Annual administration report of the Civil Veterinary Department of India - 1895-1896
Year: 1895
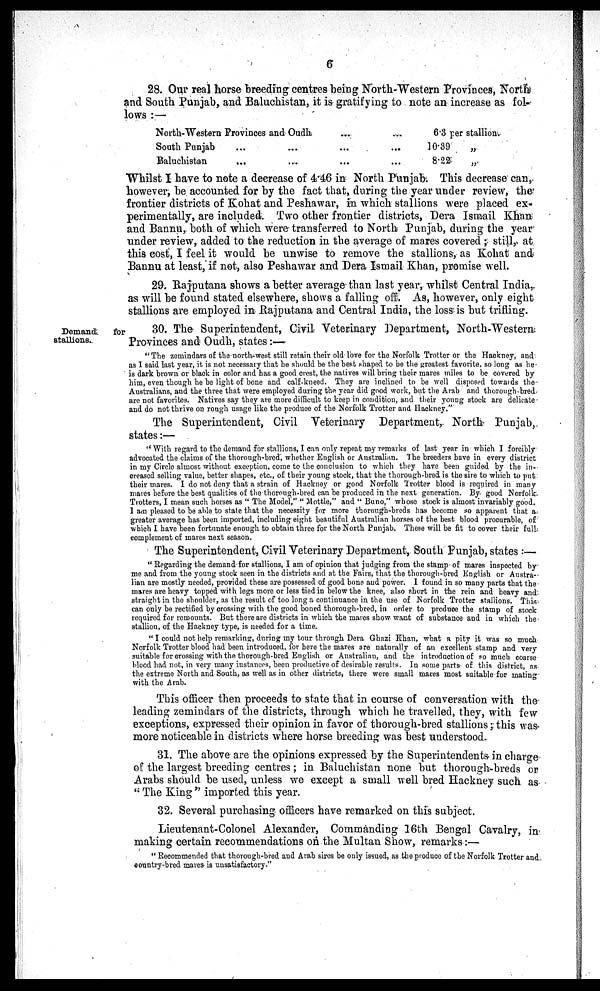
6
28. Our real horse breeding centres being North-Western Provinces, North
and South Punjab, and Baluchistan, it is gratifying to note an increase as fol-
lows:—
North-Western Provinces and Oudh ... ...
South Punjab ... ... ... ...
Baluchistan ... ... ... ...
6.3 per stallion.
10.39
„
8.22
„
Whilst I have to note a decrease of 4 46 in North Punjab. This decrease can,
however, be accounted for by the fact that, during the year under review, the
frontier districts of Kohat and Peshawar, in which stallions were placed ex-
perimentally, are included. Two other frontier districts, Dera Ismail Khan
and Bannu, both of which were transferred to North Punjab, during the year
under review, added to the reduction in the average of mares covered; still, at
this cost, I feel it would be unwise to remove the stallions, as Kohat and
Bannu at least, if not, also Peshawar and Dera Ismail Khan, promise well.
29. Rajputana shows a better average than last year, whilst Central India,
as will be found stated elsewhere, shows a falling off. As, however, only eight
stallions are employed in Rajputana and Central India, the loss is but trifling.
Demand
for
stallions.
30. The Superintendent, Civil Veterinary Department, North-Western
Provinces and Oudh, states:—
"The zemindars of the north west still retain their old love for the Norfolk Trotter or the Hackney, and
as I said last year, it is not necessary that be should be the best shaped to be the greatest favorite, so long as he
is dark brown or black in color and has a good crest, the natives will bring their mares miles to be covered by
him, even though he be light of bone and calf-kneed. They are inclined to be well disposed towards the
Australians, and the three that were employed during the year did good work, but the Arab and thorough bred
are not favorites. Natives say they are more difficult to keep in condition, and their young stock are delicate
and do not thrive on rough usage like the produce of the Norfolk Trotter and Hackney."
The Superintendent, Civil Veterinary Department, North Punjab,
states:—
"With regard to the demand for stallions, I can only repeat my remarks of last year in which I forcibly
advocated the claims of the thorough-bred, whether English or Australian. The breeders have in every district
in my Circle almost without exception, come to the conclusion to which they have been guided by the in-
creased selling value, better shapes, etc., of their young stock, that the thorough-bred is the sire to which to put
their mares. I do not deny that a strain of Hackney or good Norfolk Trotter blood is required in many
mares before the best qualities of the thorough-bred can be produced in the next generation. By good Norfolk.
Trotters, I mean such horses as "The Model," "Mottle," and "Buno," whose stock is almost invariably good.
I am pleased to be able to state that the necessity for more thorough-breds has become so apparent that a
greater average has been imported, including eight beautiful Australian horses of the best blood procurable, of
which I have been fortunate enough to obtain three for the North Punjab. These will be fit to cover their full
complement of mares next season.
The Superintendent, Civil Veterinary Department, South Punjab, states:—
"Regarding the demand for stallions, I am of opinion that judging from the stamp of mares inspected by
me and from the young stock seen in the districts and at the Fairs, that the thorough-bred English or Austra-
lian are mostly needed, provided these are possessed of good bone and power. I found in so many parts that the
mares are heavy topped with legs more or less tied in below the knee, also short in the rein and heavy and
straight in the shoulder, as the result of too long a continuance in the use of Norfolk Trotter stallions. This
can only be rectified by crossing with the good boned thorough-bred, in order to produce the stamp of stock
required for remounts. But there are districts in which the mares show want of substance and in which the
stallion, of the Hackney type, is needed for a time.
"I could not help remarking, during my tour through Dera Ghazi Khan, what a pity it was so much
Norfolk Trotter blood had been introduced, for here the mares are naturally of an excellent stamp and very
suitable for crossing with the thorough-bred English or. Australian, and the introduction of so much coarse
blood had not, in very many instances, been productive of desirable results. In some parts of this district, as
the extreme North and South, as well as in other districts, there were small mares most suitable for mating
with the Arab.
This officer then proceeds to state that in course of conversation with the
leading zemindars of the districts, through which he travelled, they, with few
exceptions, expressed their opinion in favor of thorough-bred stallions; this was
more noticeable in districts where horse breeding was best understood.
31. The above are the opinions expressed by the Superintendents in charge
of the largest breeding centres; in Baluchistan none but thorough breds or
Arabs should be used, unless we except a small well bred Hackney such as
"The King" imported this year.
32. Several purchasing officers have remarked on this subject.
Lieutenant-Colonel Alexander, Commanding 16th Bengal Cavalry, in
making certain recommendations on the Multan Show, remarks:—
"Recommended that thorough-bred and Arab sires be only issued, as the produce of the Norfolk Trotter and
country-bred mares is unsatisfactory."